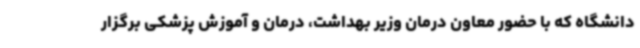
دانشگاه که با حضور معاون درمان وزیر بهداشت، درمان و آموزش پزشکی برگزار